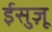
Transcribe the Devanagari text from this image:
ईसुज़ू